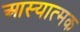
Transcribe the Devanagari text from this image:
आस्यात्मक